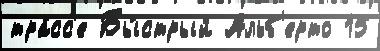
тра́сс'е Бы́стрый Альб'ерто 15